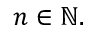
n \in \mathbb { N } .